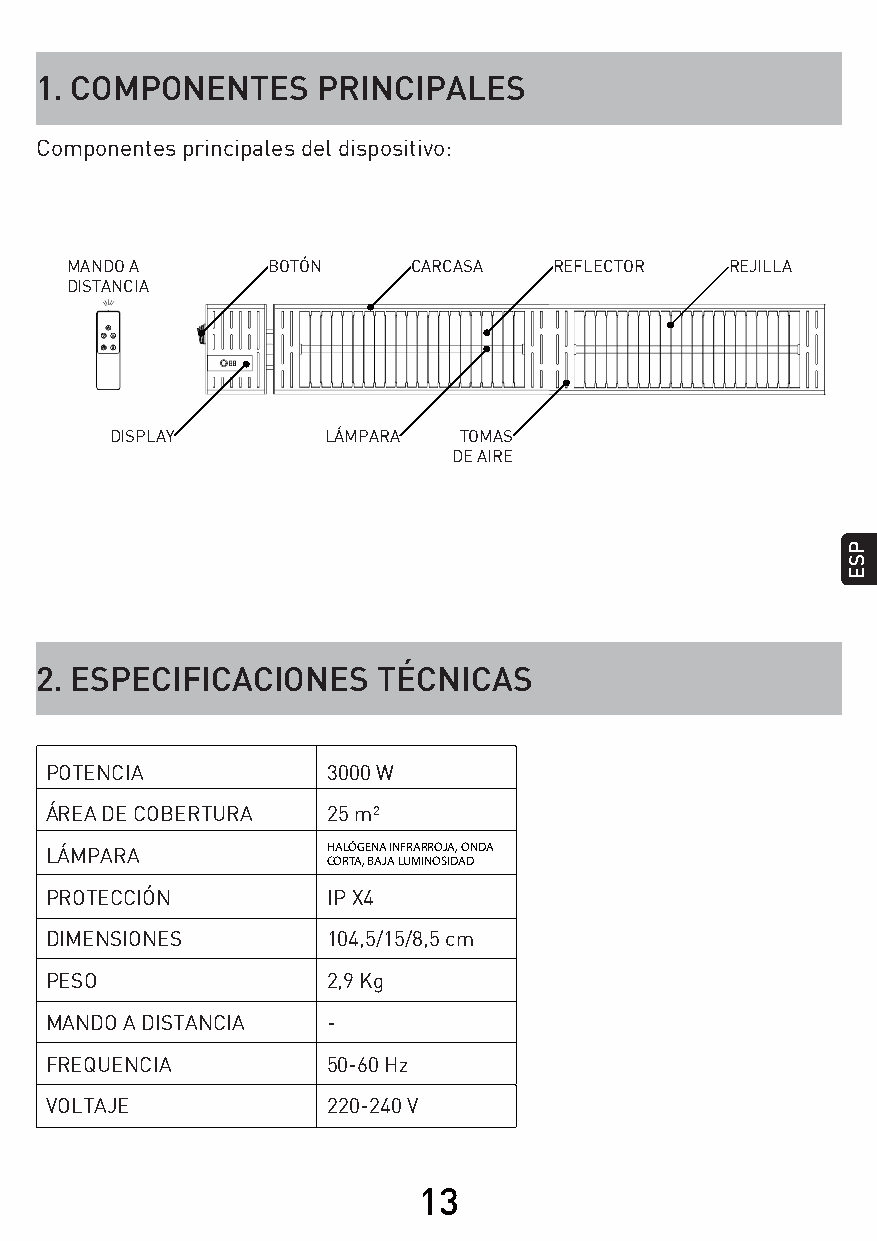
1. COMPONENTES     PRINCIPALES
 Componentes principales del dispositivo:
 MANDO A       BOTÓN    CARCASA   REFLECTOR  REJILLA
 DISTANCIA
 DISPLAY       LÁMPARA  TOMAS
 DE AIRE
 2. ESPECIFICACIONES    TÉCNICAS
 POTENCIA           3000 W
 ÁREA DE COBERTURA  25 m²
 HALÓGENA INFRARROJA, ONDA
 LÁMPARA            CORTA, BAJA LUMINOSIDAD
 PROTECCIÓN         IP X4
 DIMENSIONES        104,5/15/8,5 cm
 PESO               2,9 Kg
 MANDO A DISTANCIA  -
 FREQUENCIA         50-60 Hz
 VOLTAJE            220-240 V
 13